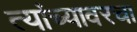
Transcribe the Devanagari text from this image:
त्यांच्यावरचा